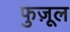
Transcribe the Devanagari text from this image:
फुज़ूल